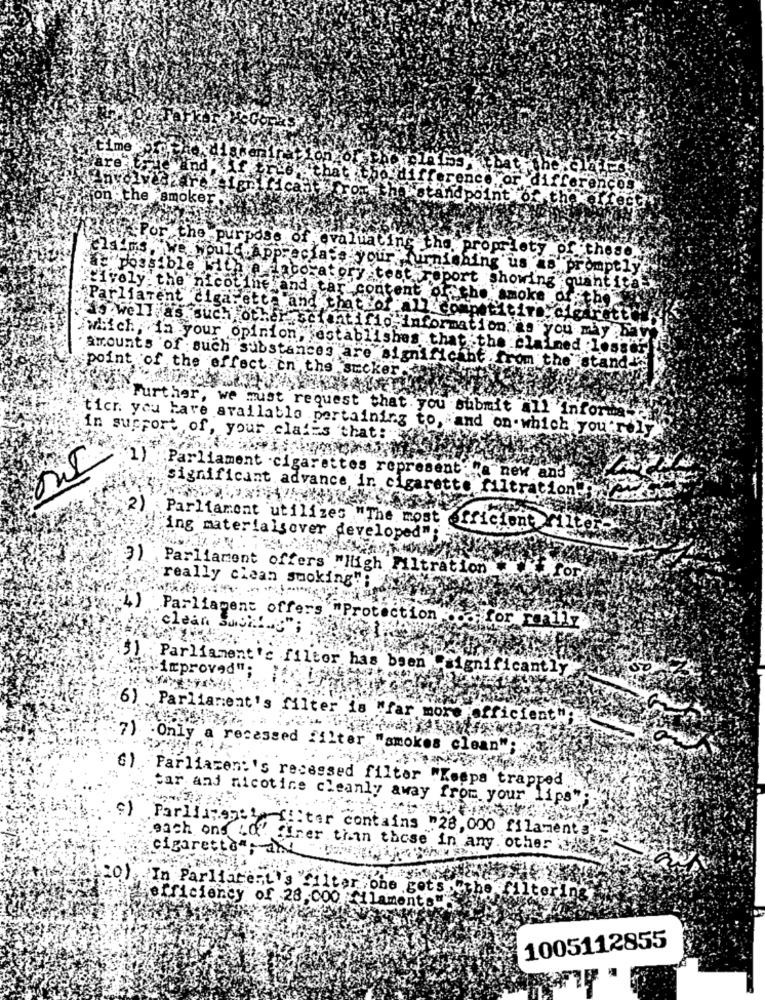
time
hat
difference.o
Hon .the smoke
andpoint ox
Por the -pu
we would. apr
evaluating the prop
y pr. . these.
-your
as possible
BAing us
as prompt]
atory :test.
ort Showing quantit
Civoly- the nicotine and tar content of th
smoke
Parliament cigarette and thatof all"c
tro
"as well as such other scientific-inf
ormation. "s "you may
which,in your opinion- establishes that the claimed lesser
:point of the effect in the sucker
amounts of such substances are significant .from the stand
Further, we must request that you submit all informa-
ticr. you have available pertaining to, and on which you'rel
in support of, your clases that:
:Parliament -cigarettes represent. "a new and
'significant advance ir cigarette filtration";
2)
Parliament utilizes
"The most efficient
"ing materialsover developed"
3)
Parliament offers "High Filtration.
really clean smoking";
for
4) Parliament offers "Protection
for really
. clean Suchf.g";
5) Parliament's filter has been
improved":
ignificantly
6) Parliament's filter is "far more
fent
7) .Only a recessed
filter "smokes clean"
"). Parliament's recessed filter "Keeps trapped
car and nicotine cleanly away from your lips"
Parlamenti filter contains "28, 000 filaments
each ons LO' finer than those in any. other
cigarette"; ah
'In Parliament's filter one get
efficiency of 28,000 filament.
1005112855